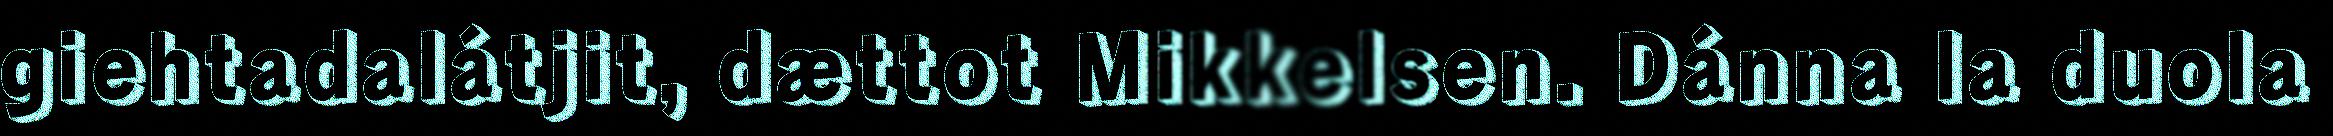
giehtadalátjit, dættot Mikkelsen. Dánna la duola